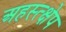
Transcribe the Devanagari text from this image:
अहस्त्क्षेप